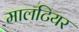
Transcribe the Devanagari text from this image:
मालटियर